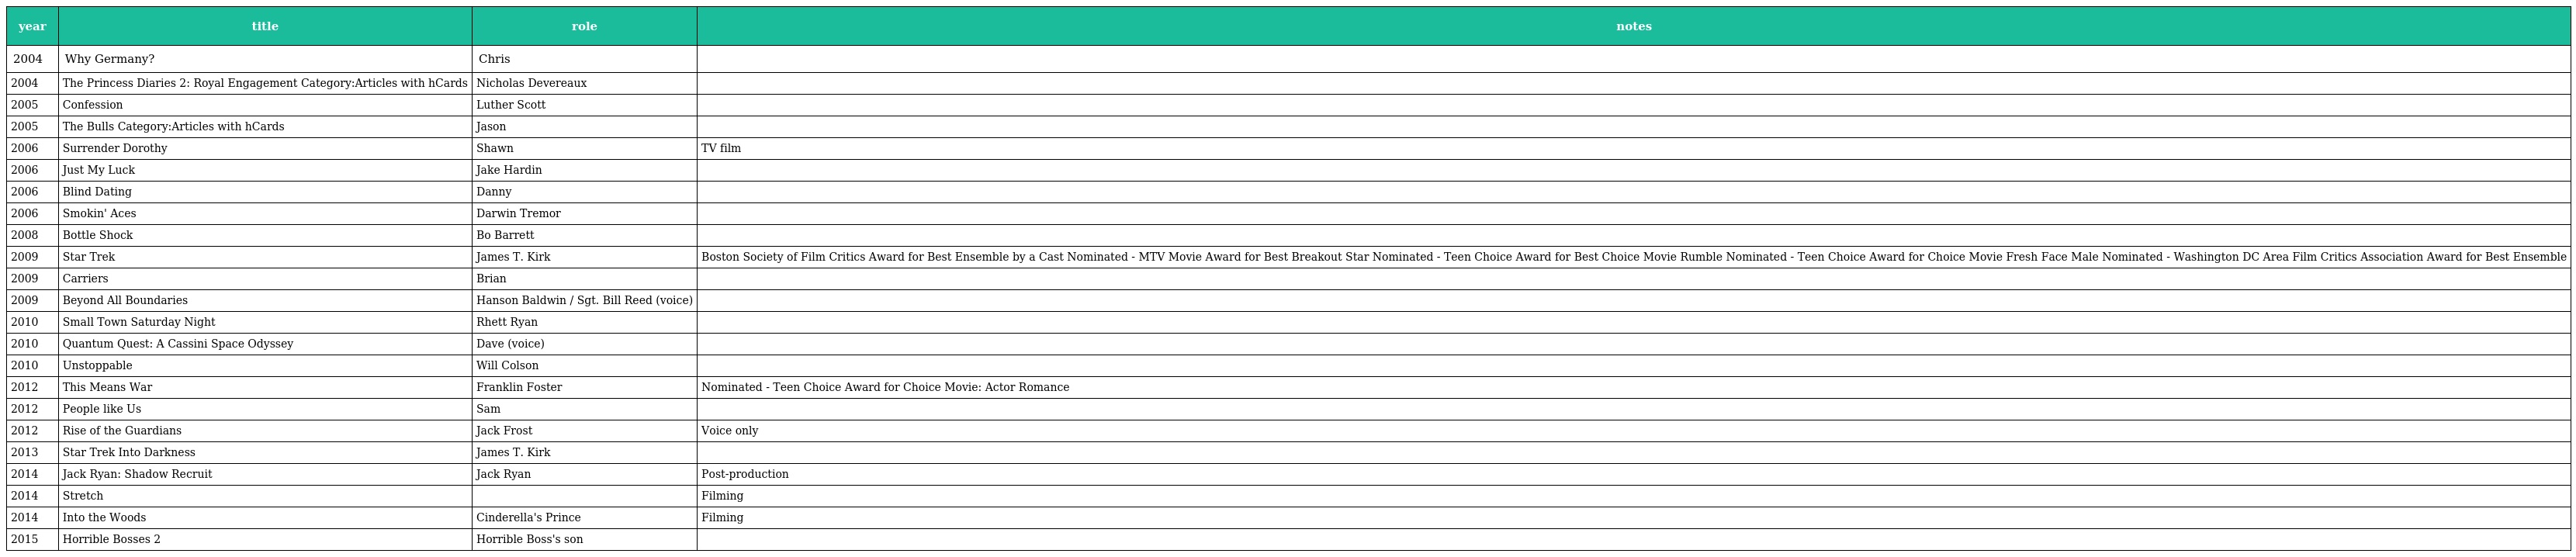
| year | title | role | notes |
 | --- | --- | --- | --- |
 | 2004 | Why Germany? | Chris |  |
 | 2004 | The Princess Diaries 2: Royal Engagement Category:Articles with hCards | Nicholas Devereaux |  |
 | 2005 | Confession | Luther Scott |  |
 | 2005 | The Bulls Category:Articles with hCards | Jason |  |
 | 2006 | Surrender Dorothy | Shawn | TV film |
 | 2006 | Just My Luck | Jake Hardin |  |
 | 2006 | Blind Dating | Danny |  |
 | 2006 | Smokin' Aces | Darwin Tremor |  |
 | 2008 | Bottle Shock | Bo Barrett |  |
 | 2009 | Star Trek | James T. Kirk | Boston Society of Film Critics Award for Best Ensemble by a Cast Nominated - MTV Movie Award for Best Breakout Star Nominated - Teen Choice Award for Best Choice Movie Rumble Nominated - Teen Choice Award for Choice Movie Fresh Face Male Nominated - Washington DC Area Film Critics Association Award for Best Ensemble |
 | 2009 | Carriers | Brian |  |
 | 2009 | Beyond All Boundaries | Hanson Baldwin / Sgt. Bill Reed (voice) |  |
 | 2010 | Small Town Saturday Night | Rhett Ryan |  |
 | 2010 | Quantum Quest: A Cassini Space Odyssey | Dave (voice) |  |
 | 2010 | Unstoppable | Will Colson |  |
 | 2012 | This Means War | Franklin Foster | Nominated - Teen Choice Award for Choice Movie: Actor Romance |
 | 2012 | People like Us | Sam |  |
 | 2012 | Rise of the Guardians | Jack Frost | Voice only |
 | 2013 | Star Trek Into Darkness | James T. Kirk |  |
 | 2014 | Jack Ryan: Shadow Recruit | Jack Ryan | Post-production |
 | 2014 | Stretch |  | Filming |
 | 2014 | Into the Woods | Cinderella's Prince | Filming |
 | 2015 | Horrible Bosses 2 | Horrible Boss's son |  |